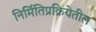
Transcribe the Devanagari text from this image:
निर्मितिप्रक्रियेतील